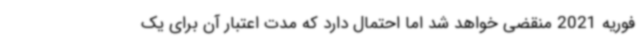
فوریه 2021 منقضی خواهد شد اما احتمال دارد که مدت اعتبار آن برای یک